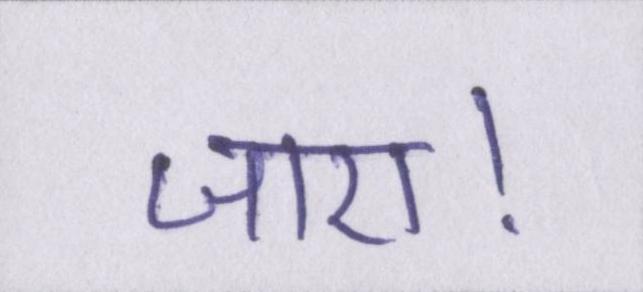
जाए।